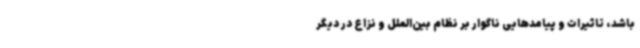
باشد، تاثیرات و پیامدهایی ناگوار بر نظام بین‌الملل و نزاع در دیگر